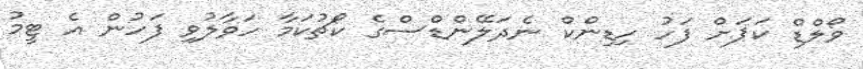
ވޯލްޑް ކަޕަށް ފަހު ހިޑިންކް ނެދަލޭންޑްސްގެ ކޯޗުކަމާ ހަވާލުވި ފަހުން އެ ޓީމު